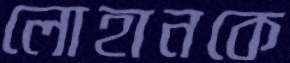
লোহানকে